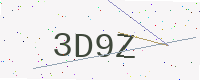
Text: 3D9Z